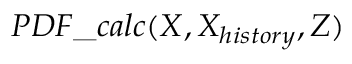
P D F \_ c a l c ( X , X _ { h i s t o r y } , Z )